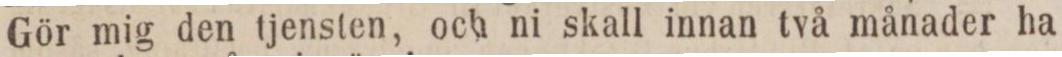
Gör mig den tjensten, och ni skall innan två månader ha